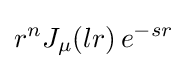
r^{n}J_{\mu }(lr)\,e^{-sr}